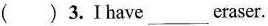
( ) 3. I have ___ eraser.